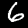
Label: 6